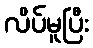
လိပ်မူပြီး